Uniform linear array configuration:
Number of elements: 48
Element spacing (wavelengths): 0.5
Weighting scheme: cosine
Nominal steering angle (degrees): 60
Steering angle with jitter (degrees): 60.674
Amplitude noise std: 0.05
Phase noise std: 0.05

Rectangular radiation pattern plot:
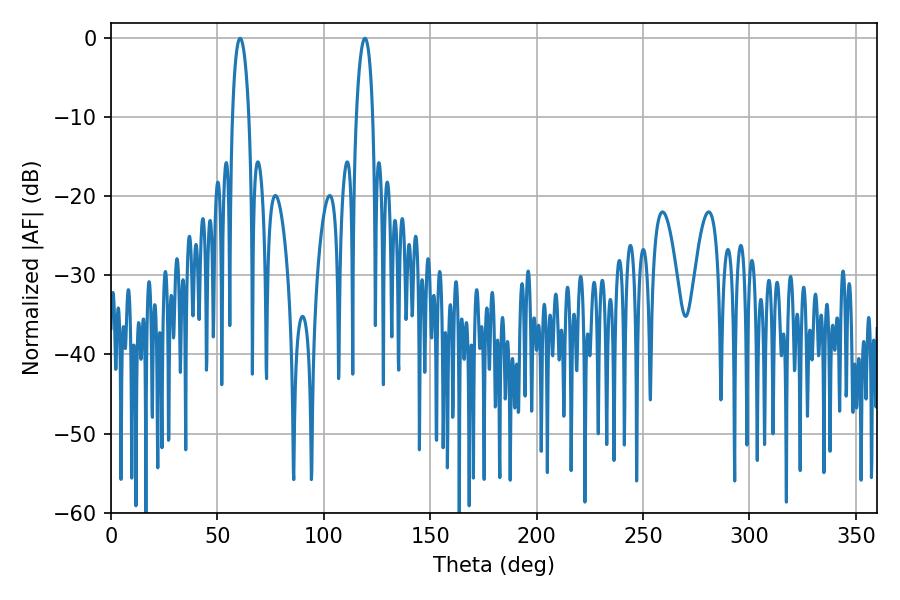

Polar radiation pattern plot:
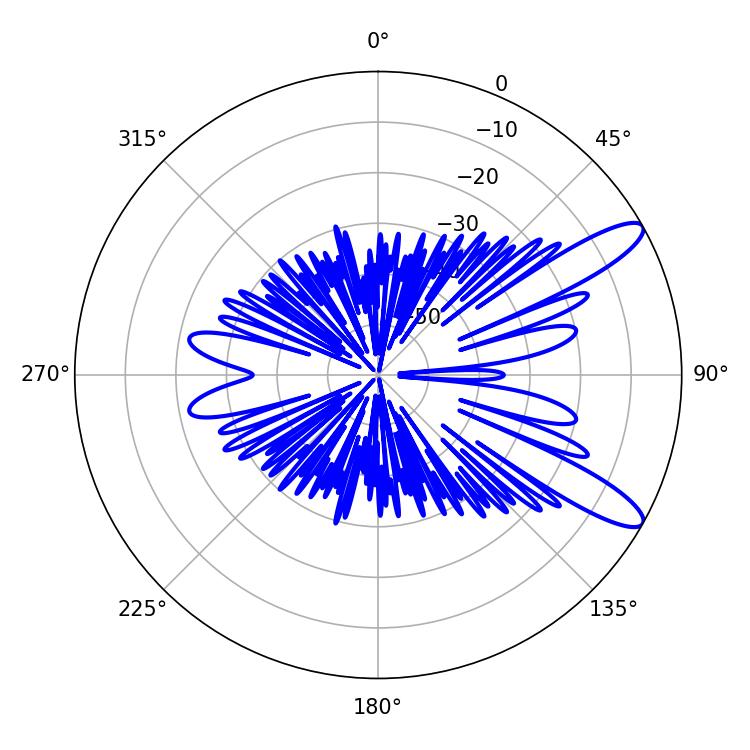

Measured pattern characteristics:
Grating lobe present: FALSE
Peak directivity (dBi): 11.323
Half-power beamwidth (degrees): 4.5
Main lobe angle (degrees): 60.66